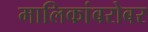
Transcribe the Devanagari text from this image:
मालिकांबरोबर